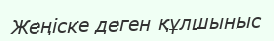
Жеңіске деген құлшыныс